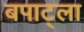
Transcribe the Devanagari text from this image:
बपाट्ला